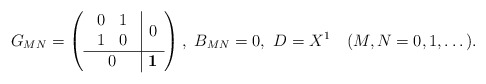
\begin{align*}G_{MN}=\left( \begin{array}{c|c}\begin{array}{cc}0 & 1 \\ 1 & 0\end{array} & 0\\\hline0 & \mbox{{\bf 1}}\end{array}\right),\ B_{MN}=0,\ D = X^1\quad (M,N=0,1,\dots).\end{align*}